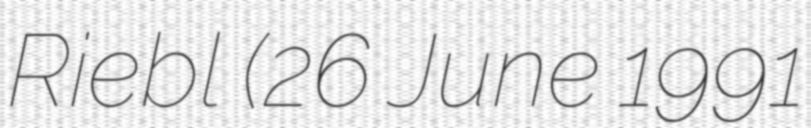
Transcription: Riebl (26 June 1991